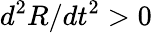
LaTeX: d^{2}R/dt^{2}>0